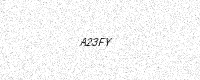
Text: A23FY